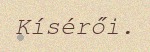
Kísérői.